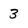
Character: 3